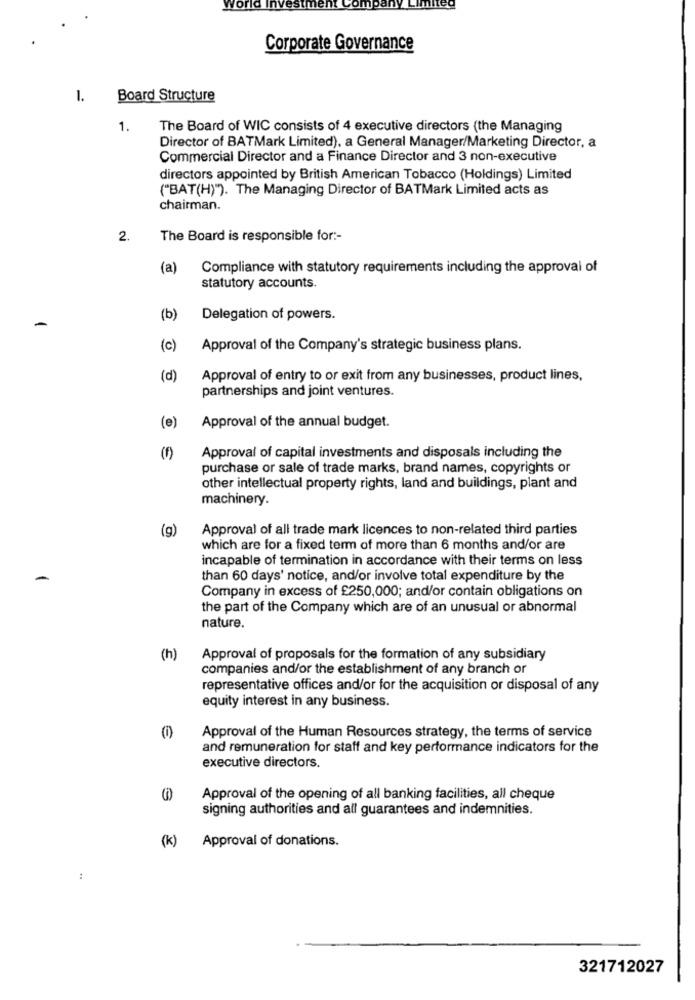
world Investment
Corporate Governance
1.
Board Structure
1.
The Board of WIC consists of 4 executive directors (the Managing
Director of BATMark Limited), a General Manager/Marketing Director, a
Commercial Director and a Finance Director and 3 non-executive
directors appointed by British American Tobacco (Holdings) Limited
("BAT(H)"). The Managing Director of BATMark Limited acts as
chairman.
2.
The Board is responsible for :-
(a)
Compliance with statutory requirements including the approval of
statutory accounts.
(b)
Delegation of powers.
(c)
Approval of the Company's strategic business plans.
(d)
Approval of entry to or exit from any businesses, product lines,
partnerships and joint ventures.
(e)
Approval of the annual budget.
Approval of capital investments and disposals including the
purchase or sale of trade marks, brand names, copyrights or
other intellectual property rights, land and buildings, plant and
machinery.
(g)
Approval of all trade mark licences to non-related third parties
which are for a fixed term of more than 6 months and/or are
incapable of termination in accordance with their terms on less
than 60 days' notice, and/or involve total expenditure by the
Company in excess of £250,000; and/or contain obligations on
the part of the Company which are of an unusual or abnormal
nature.
(h)
Approval of proposals for the formation of any subsidiary
companies and/or the establishment of any branch or
representative offices and/or for the acquisition or disposal of any
equity interest in any business.
Approval of the Human Resources strategy, the terms of service
and remuneration for staff and key performance indicators for the
executive directors.
Approval of the opening of all banking facilities, all cheque
signing authorities and all guarantees and indemnities.
(k)
Approval of donations.
:
321712027